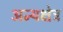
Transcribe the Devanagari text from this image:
अन्यक्षेत्र